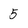
Character: 5